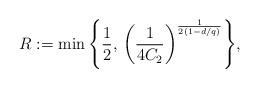
LaTeX: \begin{align*} R := \min\left\{\frac{1}{2}, \, \left(\frac{1}{4C_2}\right)^{\frac{1}{2(1-d/q)}}\right\} \!, \end{align*}